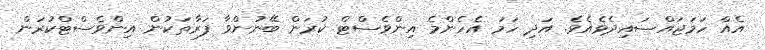
އެއް ހަމަޖައްސައިދެވެއެވެ. އަދި ހަމަ އެހެންމެ އިންވެސްޓް ކުރަން ބޭނުންވާ ފަރާތަކުން އިންވެސްޓްކުރަން